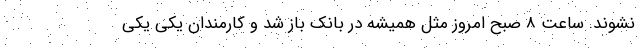
نشوند. ساعت 8 صبح امروز مثل همیشه در بانک باز شد و کارمندان یکی یکی